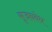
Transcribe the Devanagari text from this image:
सृजनवेध